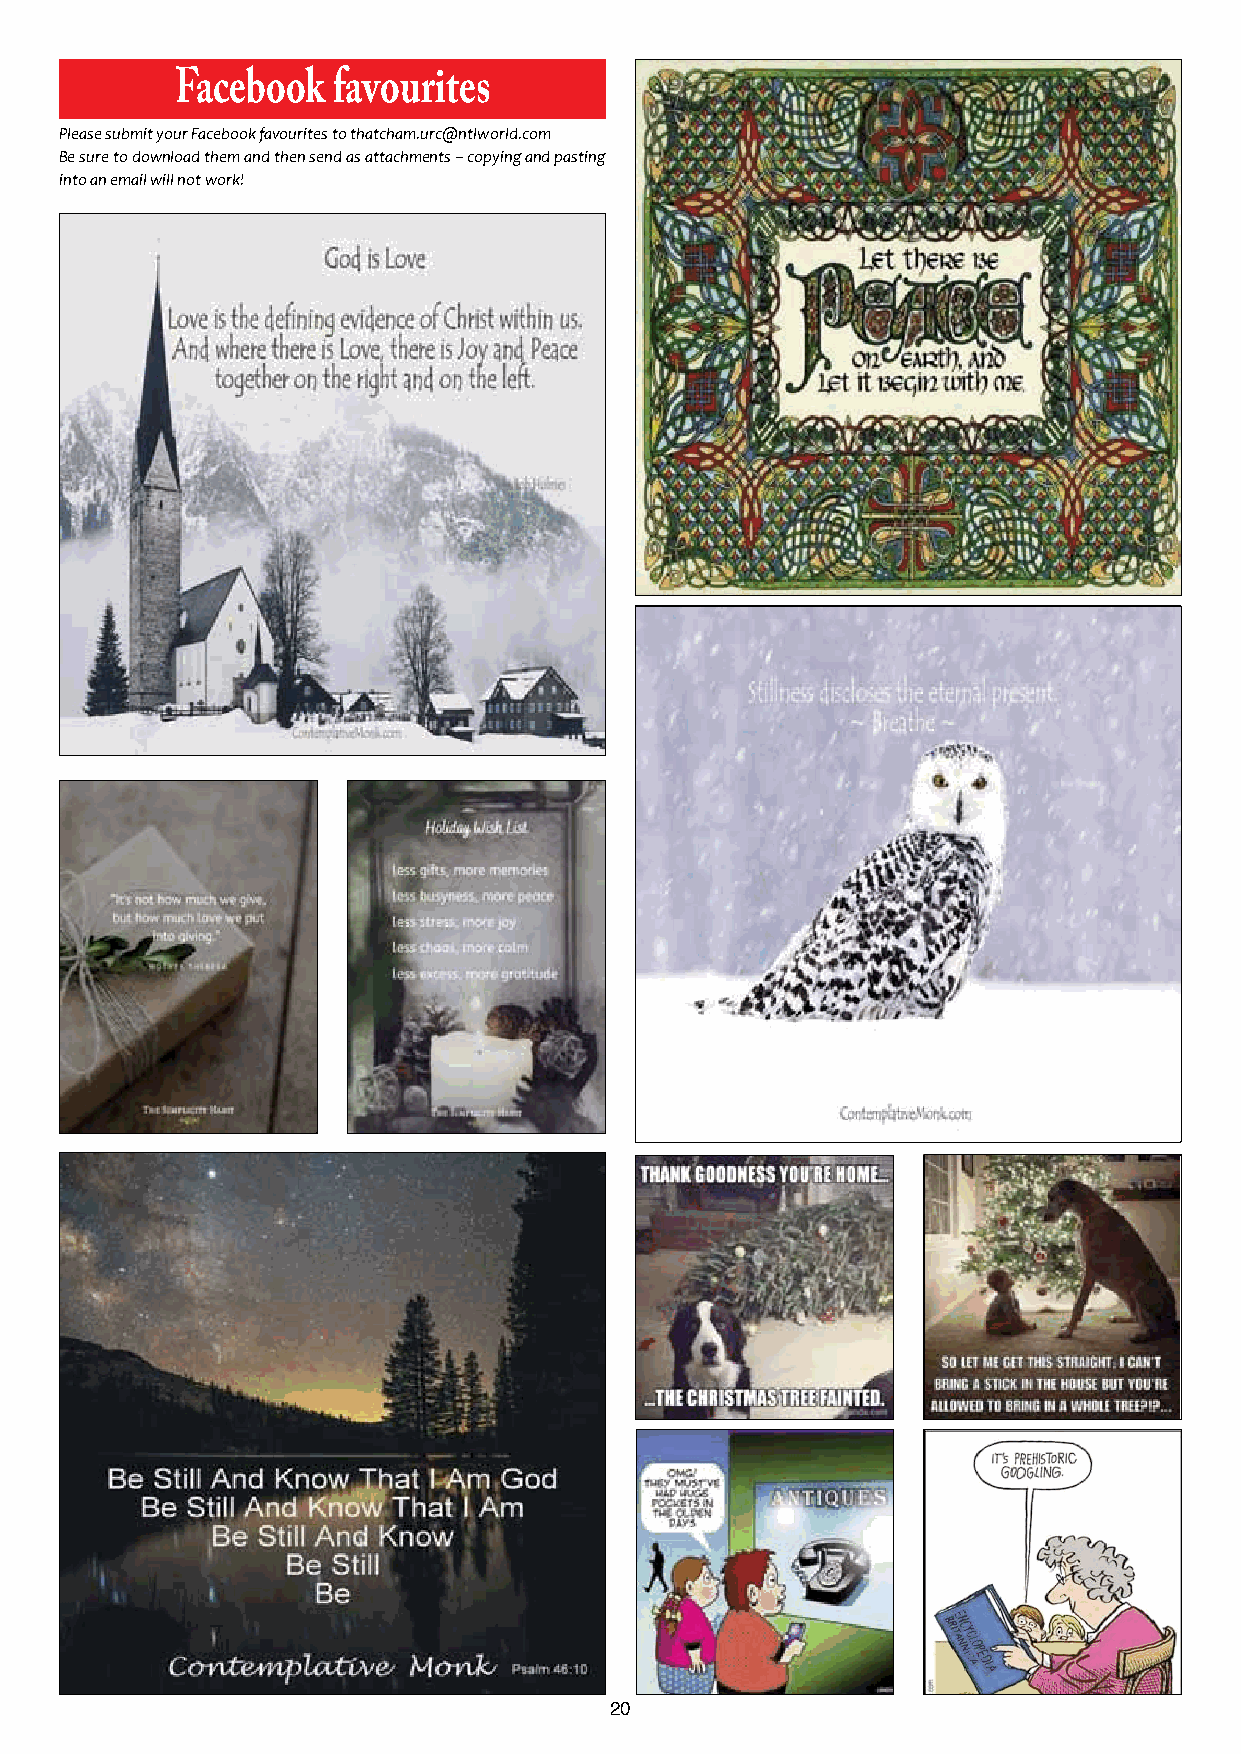
Facebook  favourites
 Please submit your Facebook favourites to thatcham.urc@ntlworld.com
 Be sure to download them and then send as attachments –copying and pasting
 into an email will not work!
 20